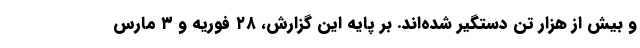
و بیش از هزار تن دستگیر شده‌اند. بر پایه این گزارش، ۲۸ فوریه و ۳ مارس